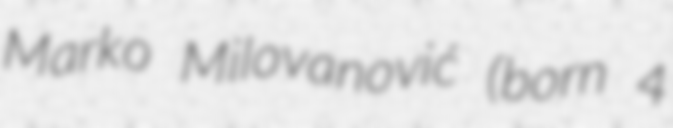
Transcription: Marko Milovanović (born 4